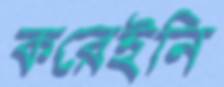
করেইনি